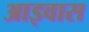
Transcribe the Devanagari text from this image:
आइवास